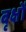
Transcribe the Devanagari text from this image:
बृक्षों